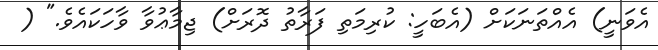
އެވަނީ) އެއްތަނަކަށް (އެބަހީ: ކުރިމަތި ފަރާތު ދޮރަށް) ޖިމާޢުވާ ވާހަކައެވެ." (